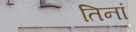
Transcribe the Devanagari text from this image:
तिनां